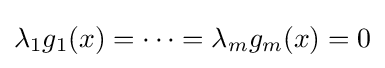
\lambda _{1}g_{1}(x)=\cdots =\lambda _{m}g_{m}(x)=0